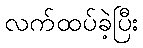
လက်ထပ်ခဲ့ပြီး